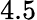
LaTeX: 4.5